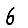
Digit: 6